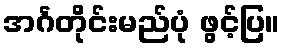
အင်္ဂတိုင်းမည်ပုံ ဖွင့်ပြ။